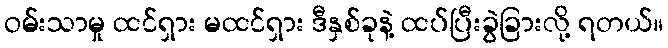
ဝမ်းသာမှု ထင်ရှား မထင်ရှား ဒီနှစ်ခုနဲ့ ထပ်ပြီးခွဲခြားလို့ ရတယ်။